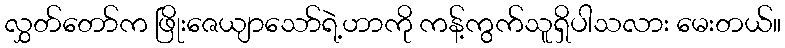
လွှတ်တော်က ဖြိုးဇေယျာသော်ရဲ့ဟာကို ကန့်ကွက်သူရှိပါသလား မေးတယ်။